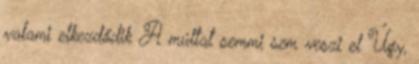
valami elkezdődik A múltat semmi sem veszi el Úgy,